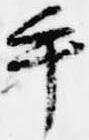
手